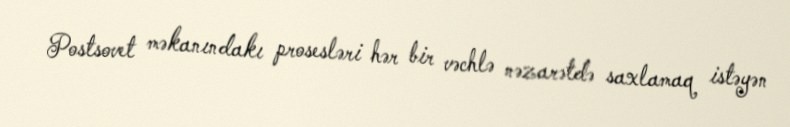
Postsovet məkanındakı prosesləri hər bir vəchlə nəzarətdə saxlamaq istəyən